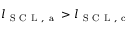
l _ { \mathrm { ~ S ~ C ~ L ~ , ~ a ~ } } > l _ { \mathrm { ~ S ~ C ~ L ~ , ~ c ~ } }